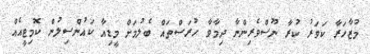
މުޒާހަރާ ކަވަރު ކުރާ ނޫސްވެރިންނާ ދިމާވާ ހުރަސްތައް ބެލުމަށް މީޑިއާ ކައުންސިލުން ކޮމިޓީއެއް